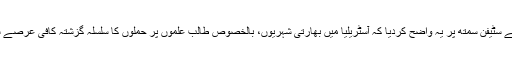
بھارتی وزارت خارجہ کے مطابق ایس ایم کرشنا نے سٹیفن سمتھ پر یہ واضح کردیا کہ آسٹریلیا میں بھارتی شہریوں، بالخصوص طالب علموں پر حملوں کا سلسلہ گزشتہ کافی عرصے سے جاری ہے، جو فوری طور پر ختم ہونا چاہیے۔